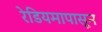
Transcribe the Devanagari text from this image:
रेडियमापासून